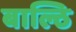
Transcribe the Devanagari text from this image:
बाल्ठि